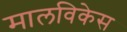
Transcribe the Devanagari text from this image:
मालविकेस